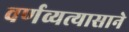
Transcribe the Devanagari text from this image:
वर्णव्यत्यासाने